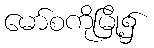
မော်စကိုမြို့၌